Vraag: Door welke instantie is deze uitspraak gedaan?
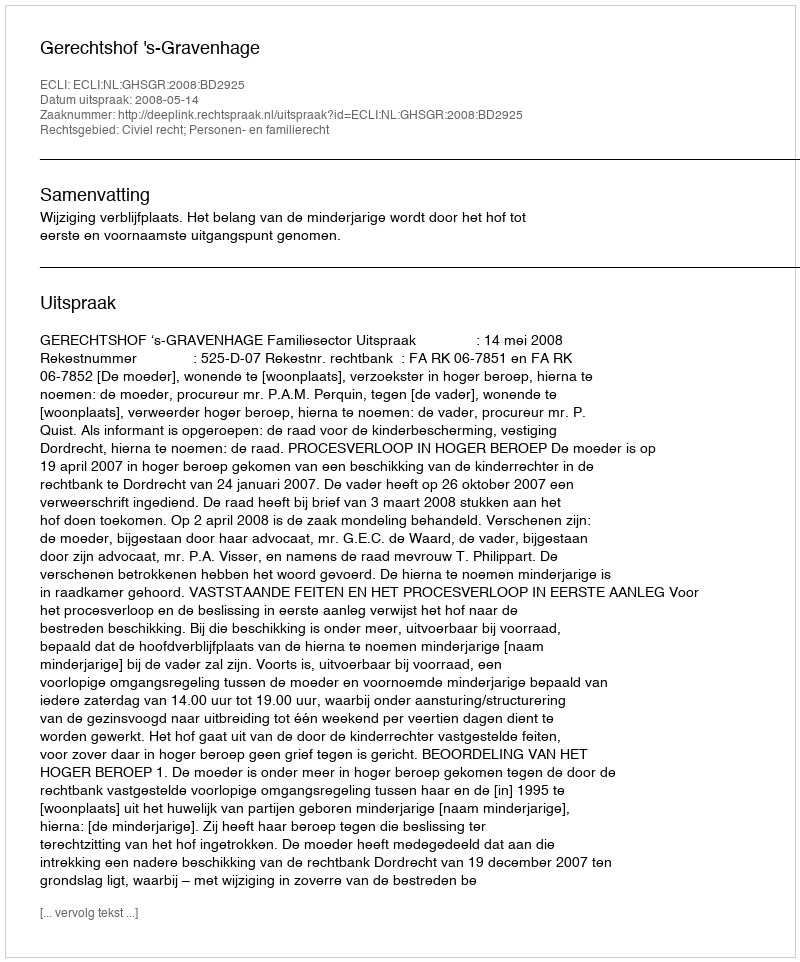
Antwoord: Gerechtshof 's-Gravenhage